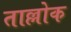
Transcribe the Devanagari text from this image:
ताल्लोक